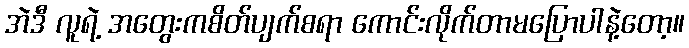
အဲဒီ လူရဲ့ အတွေးကစိတ်ပျက်စရာ ကောင်းလိုက်တာမပြောပါနဲ့တော့။